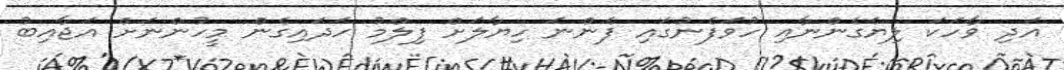
އަދި ވާހަކަ ލިޔެގެންނާއި ހުވަފެނުގައި ފެންނަ ހިޔާލަށް ފިލްމު ހަދައިގެން މީހުންނަށް އަޖާއިބު